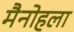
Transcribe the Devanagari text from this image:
मैनोहला